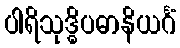
ပါရိသုဒ္ဓိပဓာနိယင်္ဂံ